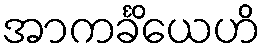
အာကင်္ခိယေဟိ